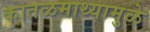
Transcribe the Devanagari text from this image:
कातळमाथ्यामुळे